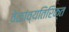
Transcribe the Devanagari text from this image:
वेळांव्यतिरिक्त